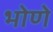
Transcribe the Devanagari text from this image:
भोणे